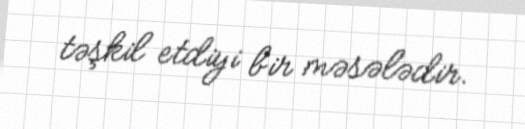
təşkil etdiyi bir məsələdir.